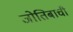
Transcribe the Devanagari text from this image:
जोतिबाची